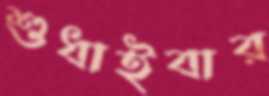
শুধাইবার